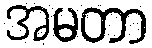
အမတာ